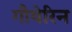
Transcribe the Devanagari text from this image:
गौथेरिन